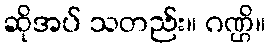
ဆိုအပ် သတည်း။ ဂဏ္ဌိ။